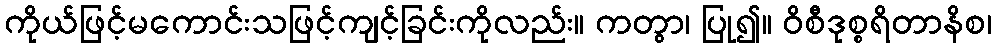
ကိုယ်ဖြင့်မကောင်းသဖြင့်ကျင့်ခြင်းကိုလည်း။ ကတွာ၊ ပြု၍။ ဝိစီဒုစ္စရိတာနိစ၊